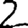
Digit: 2